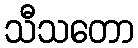
သီသတော